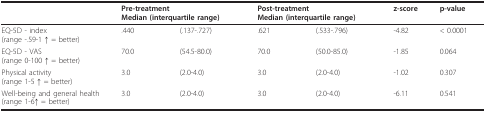
<table><thead><tr><td></td><td colspan="2"><b>Pre-treatmentMedian (interquartile range)</b></td><td colspan="2"><b>Post-treatmentMedian (interquartile range)</b></td><td><b>z-score</b></td><td><b>p-value</b></td></tr></thead><tbody><tr><td>EQ-5D - index(range -.59-1 ↑ = better)</td><td>.440</td><td>(.137-.727)</td><td>.621</td><td>(.533-.796)</td><td>-4.82</td><td>&lt; 0.0001</td></tr><tr><td>EQ-5D - VAS(range 0-100 ↑ = better)</td><td>70.0</td><td>(54.5-80.0)</td><td>70.0</td><td>(50.0-85.0)</td><td>-1.85</td><td>0.064</td></tr><tr><td>Physical activity(range 1-5 ↑ = better)</td><td>3.0</td><td>(2.0-4.0)</td><td>3.0</td><td>(2.0-4.0)</td><td>-1.02</td><td>0.307</td></tr><tr><td>Well-being and general health(range 1-6↑ = better)</td><td>3.0</td><td>(2.0-4.0)</td><td>3.0</td><td>(2.0-4.0)</td><td>-6.11</td><td>0.541</td></tr></tbody></table>